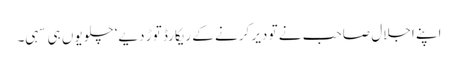
اپنے اجلال صاحب نے تو دیر کرنے کے ریکارڈ توڑ دیے‘ چلو یوں ہی سہی۔